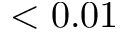
< 0 . 0 1